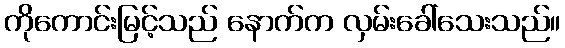
ကိုကောင်းမြင့်သည် နောက်က လှမ်းခေါ်သေးသည်။